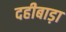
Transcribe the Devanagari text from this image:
दहीबाड़ा